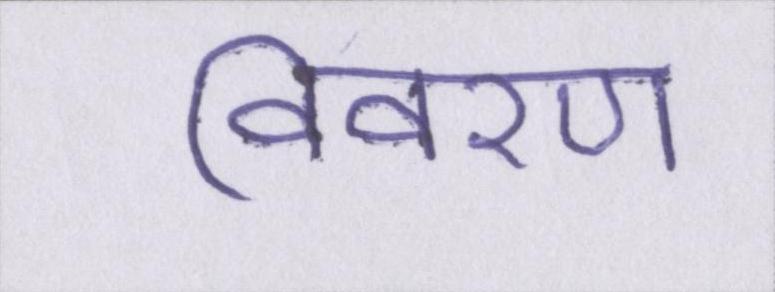
विवरण